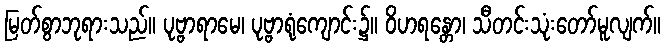
မြတ်စွာဘုရားသည်။ ပုဗ္ဗာရာမေ၊ ပုဗ္ဗာရုံကျောင်း၌။ ဝိဟရန္တော၊ သီတင်းသုံးတော်မူလျက်။